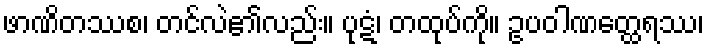
ဖာဏိတဿစ၊ တင်လဲ၏လည်း။ ပုဋံ၊ တထုပ်ကို။ ဥပဝါဏတ္ထေရဿ၊